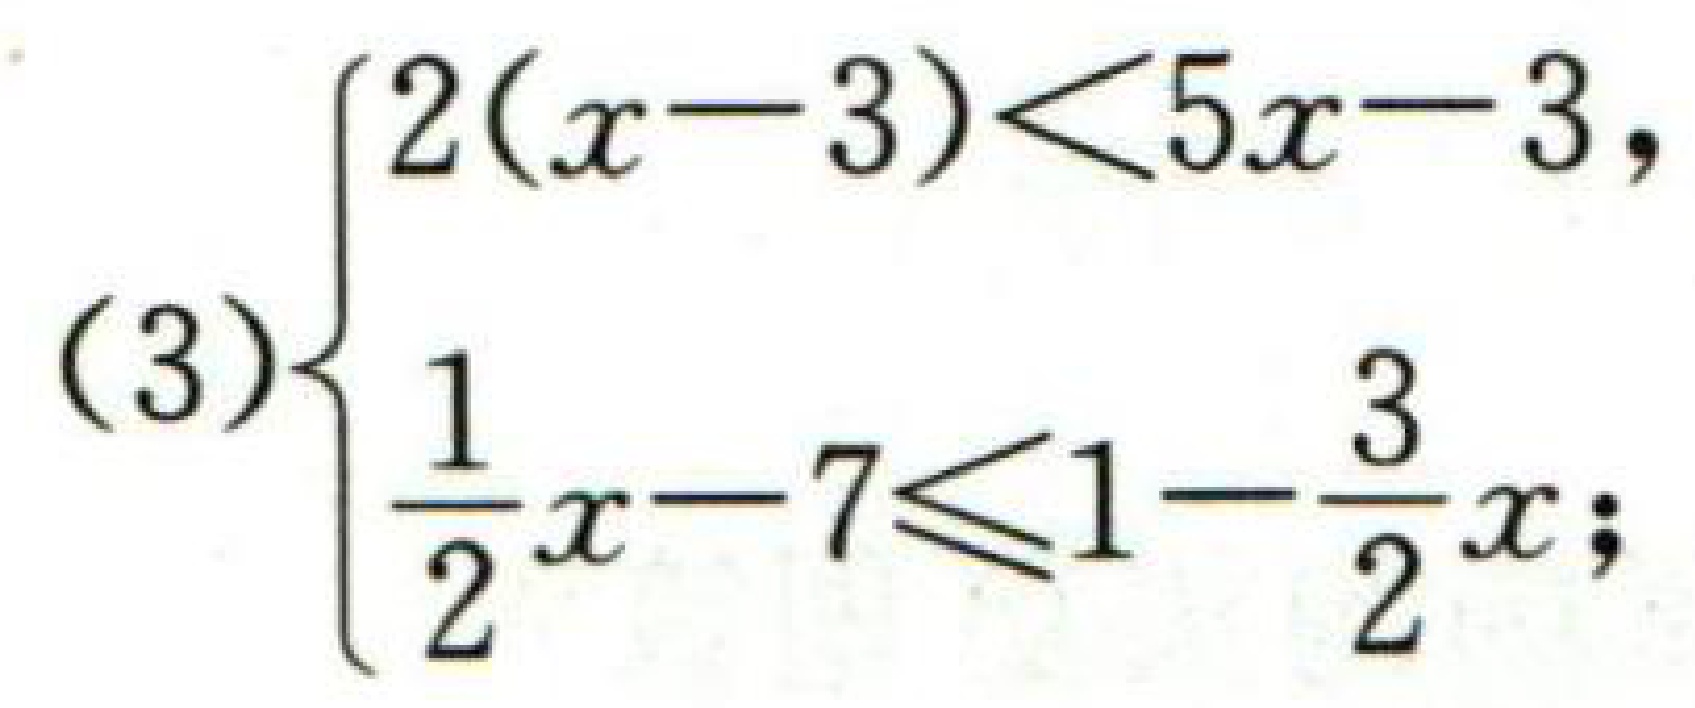
(3)$\begin{cases}2(x - 3)<5x - 3,\\\dfrac{1}{2}x - 7\leqslant1-\dfrac{3}{2}x;\end{cases}$